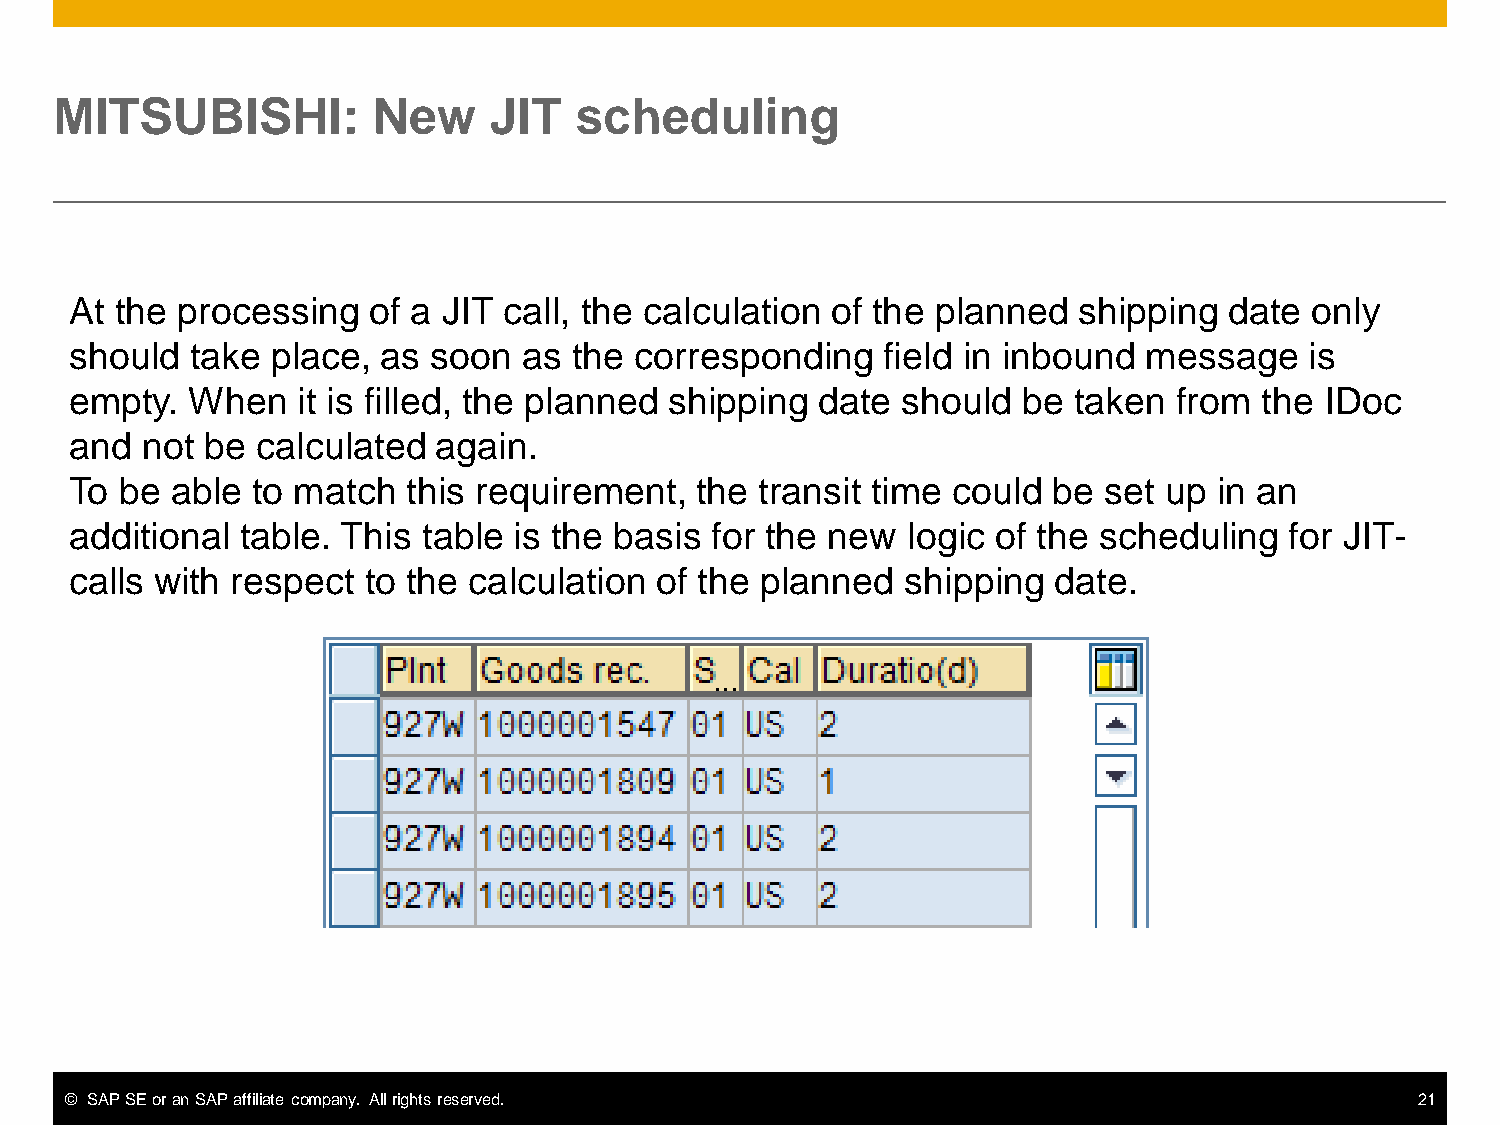
MITSUBISHI:          New    JIT   scheduling
 At the processing  of a JIT call, the calculation of the planned  shipping  date  only
 should  take place, as  soon  as the corresponding   field in inbound  message    is
 empty. When    it is filled, the planned shipping date should  be taken  from  the IDoc
 and not  be calculated  again.
 To be able  to match  this requirement,  the transit time could  be set up  in an
 additional table. This table is the basis for the new  logic of the scheduling  for JIT-
 calls with respect to the calculation of the planned   shipping  date.
 © SAP SE or an SAP affiliate company. All rights reserved.                                21